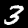
Digit: 3